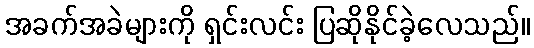
အခက်အခဲများကို ရှင်းလင်း ပြဆိုနိုင်ခဲ့လေသည်။